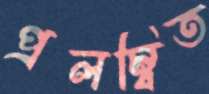
প্রলম্বিত